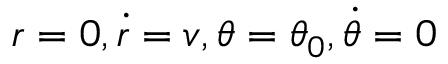
r = 0 , { \dot { r } } = v , \theta = \theta _ { 0 } , { \dot { \theta } } = 0